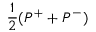
\frac { 1 } { 2 } ( P ^ { + } + P ^ { - } )